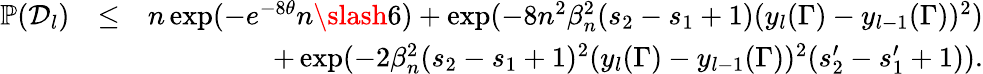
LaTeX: \begin{array}{rlr}{\mathbb{P}(\mathcal{D}_{l})}&{\leq}&{n\exp(-e^{-8\theta}n\slash 6)+\exp(-8n^{2}\beta_{n}^{2}(s_{2}-s_{1}+1)(y_{l}(\Gamma)-y_{l-1}(\Gamma))^{2})}\\ &{}&{+\exp(-2\beta_{n}^{2}(s_{2}-s_{1}+1)^{2}(y_{l}(\Gamma)-y_{l-1}(\Gamma))^{2}(s_{2}^{\prime}-s_{1}^{\prime}+1)).}\end{array}